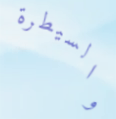
والسيطرة